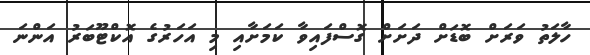
ހާލަތު ވަރަށް ބޮޑަށް ދަށަށް ގޮސްފައިވާ ކަމަށާއި މި އަހަރުގެ އޮކްޓޫބަރު އަންނަ